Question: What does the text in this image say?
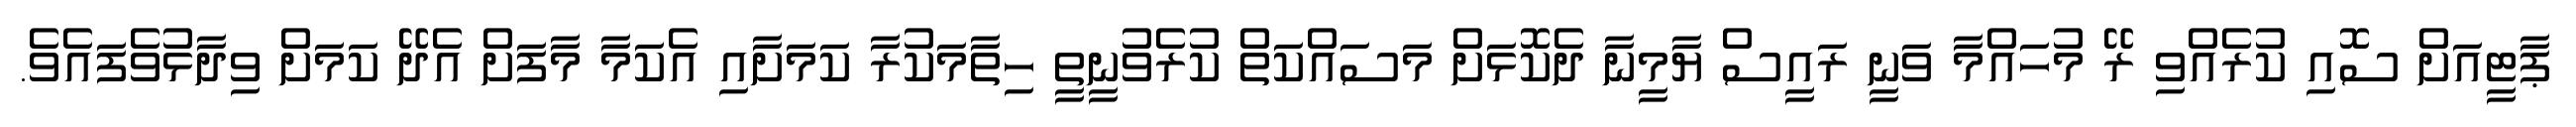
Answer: ޕާޓީއަށް ސޮއި ކުރެއްވި ރޭ މުހައްމާ ވަނީ ރައީސް ޔާމީނާ ދެކޮޅަށް މަސައްކަތް ކުރެވުނީތީ ހިތާމަކުރާ ކަމަށާއި އެކަމާ މާފަށް އެދޭ ކަމަށް ވިދާޅުވެފައެވެ.